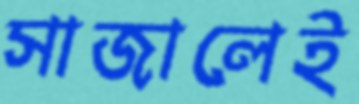
সাজালেই